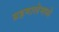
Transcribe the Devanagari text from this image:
ग्रहमालेमध्ये